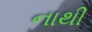
નાથી